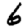
Digit: 6